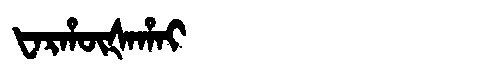
Manchu: ᡶᠠᡵᡥᡡᡧᠠᡥᠠᡳ
Romanization: FARHŪŠAHAI